Annual report of the Imperial Bacteriologist
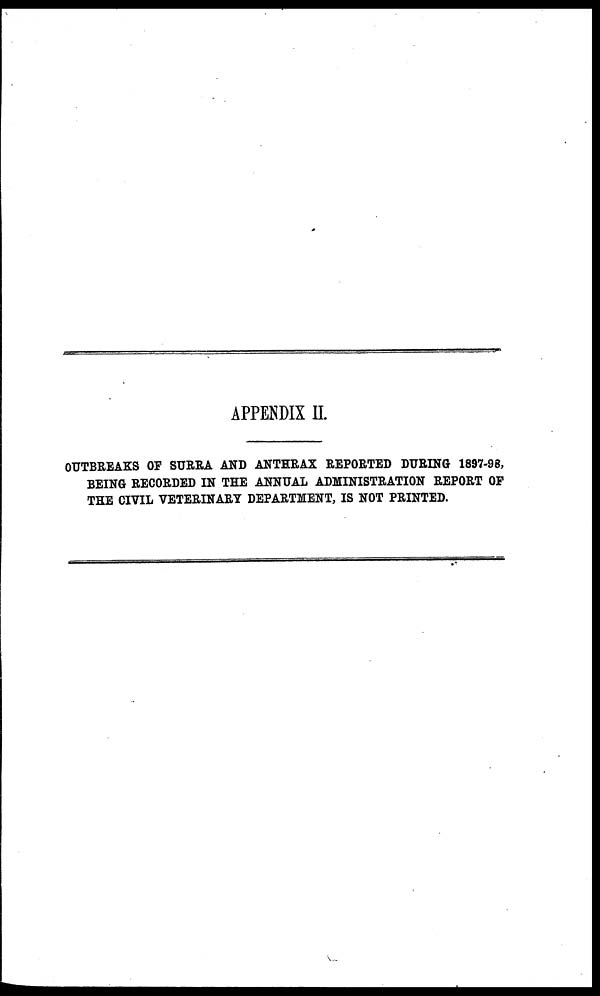
APPENDIX II.
OUTBREAKS OF SURRA AND ANTHRAX REPORTED DURING 1897-98,
BEING RECORDED IN THE ANNUAL ADMINISTRATION REPORT OF
THE CIVIL VETERINARY DEPARTMENT, IS NOT PRINTED.